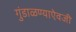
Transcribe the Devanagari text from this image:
गुंडाळण्याऐवजी